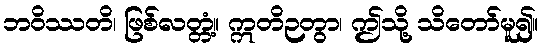
ဘဝိဿတိ၊ ဖြစ်လတ္တံ့။ ဣတိဉတွာ၊ ဤသို့ သိတော်မူ၍။